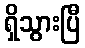
ရှိသွားပြီ